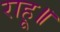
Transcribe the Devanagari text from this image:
राहू॥